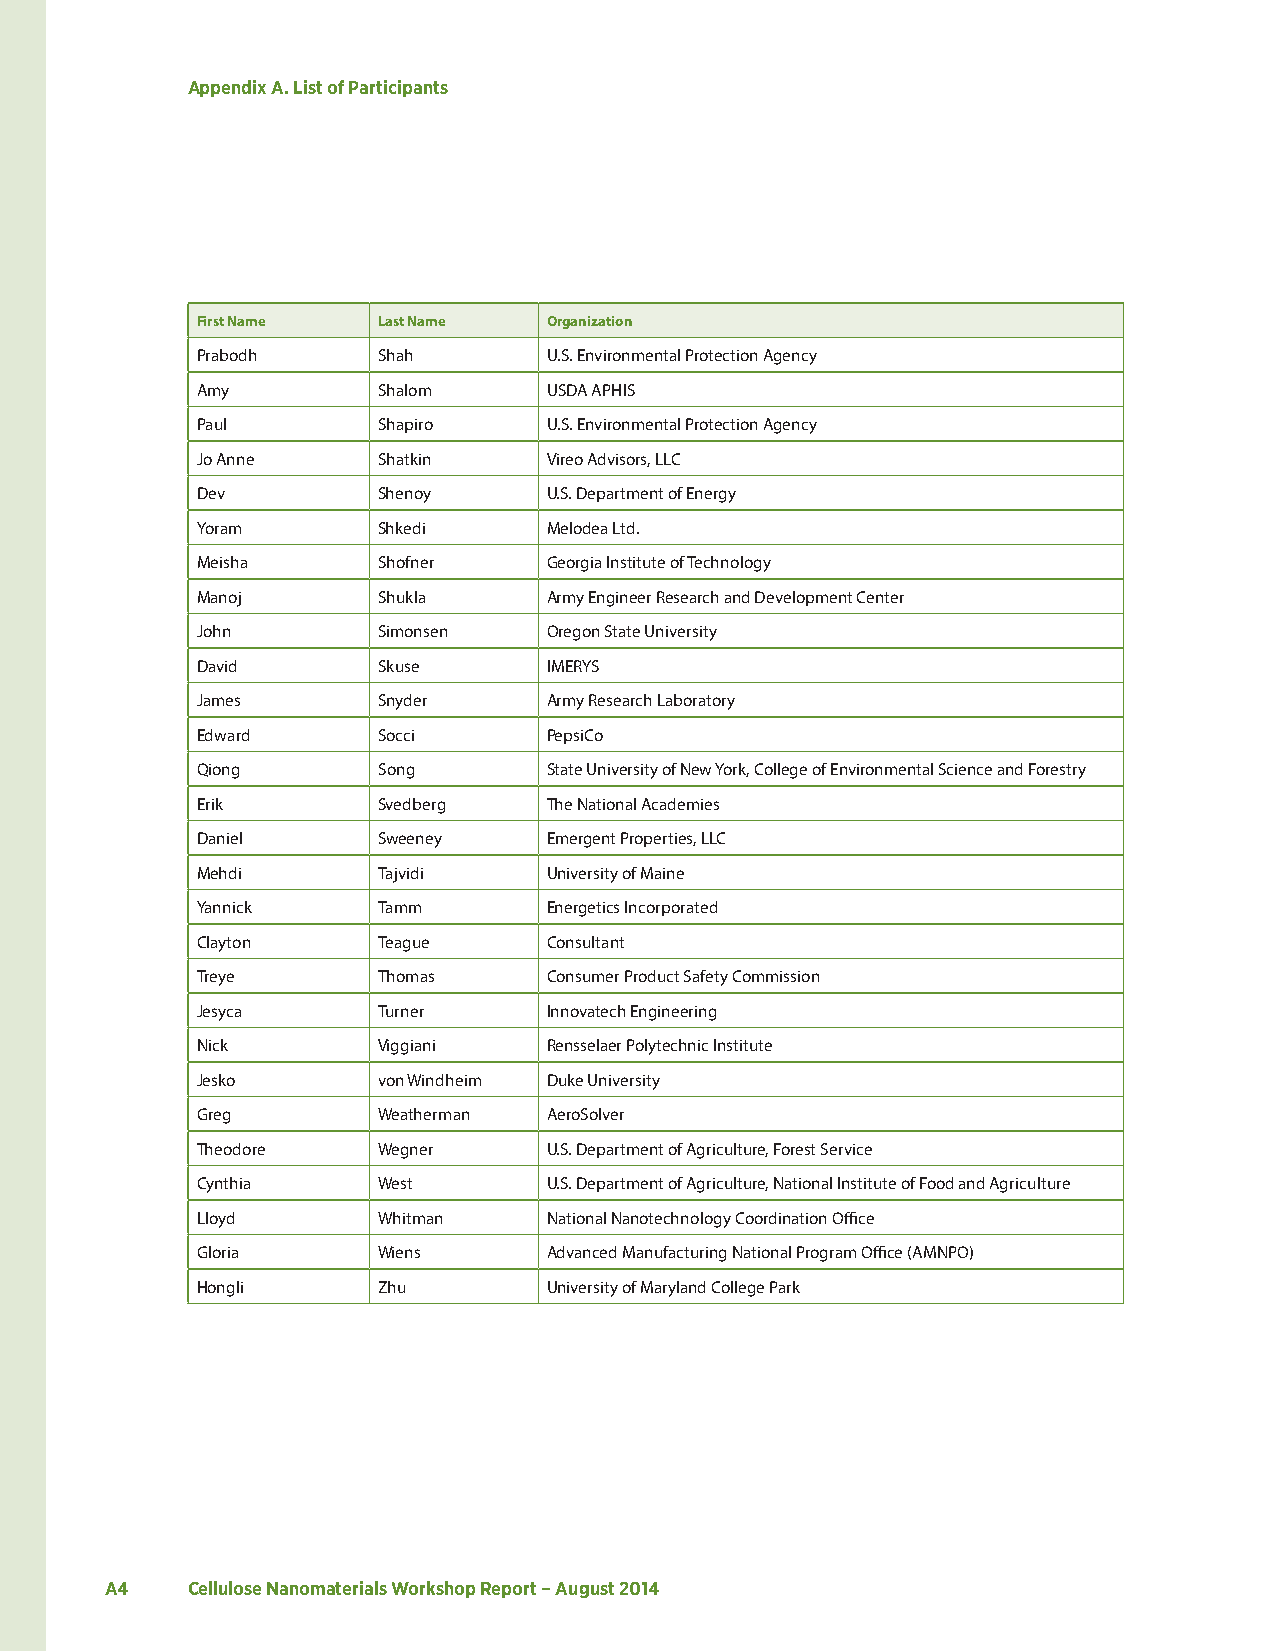
Appendix A. List of Participants
 First Name  Last Name  Organization
 Prabodh     Shah       U.S. Environmental Protection Agency
 Amy         Shalom     USDA APHIS
 Paul        Shapiro    U.S. Environmental Protection Agency
 Jo Anne     Shatkin    Vireo Advisors, LLC
 Dev         Shenoy     U.S. Department of Energy
 Yoram       Shkedi     Melodea Ltd.
 Meisha      Shofner    Georgia Institute of Technology
 Manoj       Shukla     Army Engineer Research and Development Center
 John        Simonsen   Oregon State University
 David       Skuse      IMERYS
 James       Snyder     Army Research Laboratory
 Edward      Socci      PepsiCo
 Qiong       Song       State University of New York, College of Environmental Science and Forestry
 Erik        Svedberg   The National Academies
 Daniel      Sweeney    Emergent Properties, LLC
 Mehdi       Tajvidi    University of Maine
 Yannick     Tamm       Energetics Incorporated
 Clayton     Teague     Consultant
 Treye       Thomas     Consumer Product Safety Commission
 Jesyca      Turner     Innovatech Engineering
 Nick        Viggiani   Rensselaer Polytechnic Institute
 Jesko       von Windheim Duke University
 Greg        Weatherman AeroSolver
 Theodore    Wegner     U.S. Department of Agriculture, Forest Service
 Cynthia     West       U.S. Department of Agriculture, National Institute of Food and Agriculture
 Lloyd       Whitman    National Nanotechnology Coordination Office
 Gloria      Wiens      Advanced Manufacturing National Program Office (AMNPO)
 Hongli      Zhu        University of Maryland College Park
 A4   Cellulose Nanomaterials Workshop Report – August 2014